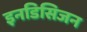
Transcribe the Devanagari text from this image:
इनडिसिजन